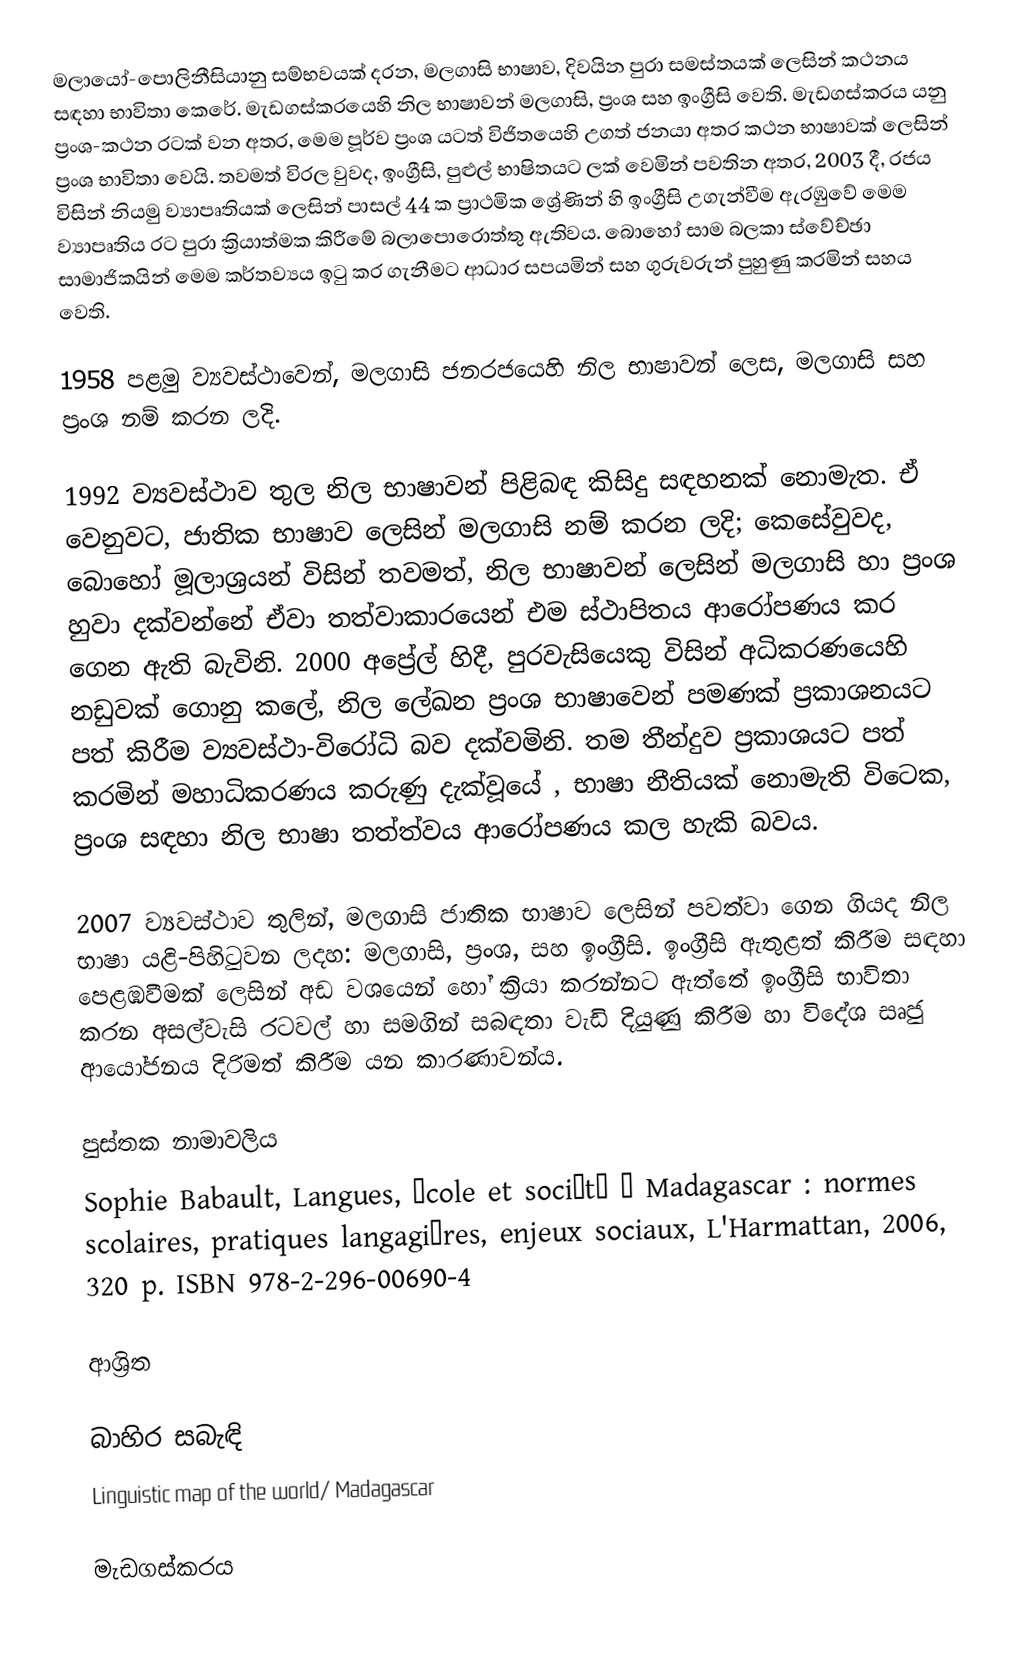
මලායෝ-පොලිනීසියානු සම්භවයක් දරන, මලගාසි භාෂාව, දිවයින පුරා සමස්තයක් ලෙසින් කථනය සඳහා භාවිතා කෙරේ. මැඩගස්කරයෙහි නිල භාෂාවන් මලගාසි, ප්‍රංශ සහ ඉංග්‍රීසි වෙති. මැඩගස්කරය යනු ප්‍රංශ-කථන රටක් වන අතර, මෙම පූර්ව ප්‍රංශ යටත් විජිතයෙහි උගත් ජනයා අතර කථන භාෂාවක් ලෙසින් ප්‍රංශ භාවිතා වෙයි. තවමත් විරල වුවද, ඉංග්‍රීසි, පුළුල් භාෂිතයට ලක් වෙමින් පවතින අතර, 2003 දී, රජය විසින් නියමු ව්‍යාපෘතියක් ලෙසින් පාසල් 44 ක ප්‍රාථමික ශ්‍රේණින් හි ඉංග්‍රීසි උගැන්වීම ඇරඹුවේ මෙම ව්‍යාපෘතිය රට පුරා ක්‍රියාත්මක කිරීමේ බලාපොරොත්තු ඇතිවය. බොහෝ සාම බලකා ස්වේච්ඡා සාමාජිකයින් මෙම කර්තව්‍යය ඉටු කර ගැනීමට ආධාර සපයමින් සහ ගුරුවරුන් පුහුණු කරමින් සහය වෙති.

1958 පළමු ව්‍යවස්ථාවෙන්, මලගාසි ජනරජයෙහි නිල භාෂාවන් ලෙස, මලගාසි සහ ප්‍රංශ නම් කරන ලදි.

1992 ව්‍යවස්ථාව තුල නිල භාෂාවන් පිළිබඳ කිසිදු සඳහනක් නොමැත. ඒ වෙනුවට, ජාතික භාෂාව ලෙසින් මලගාසි නම් කරන ලදි; කෙසේවුවද, බොහෝ මූලාශ්‍රයන් විසින් තවමත්, නිල භාෂාවන් ලෙසින් මලගාසි හා ප්‍රංශ හුවා දක්වන්නේ ඒවා තත්වාකාරයෙන් එම ස්ථාපිතය ආරෝපණය කර ගෙන ඇති බැවිනි. 2000 අප්‍රේල් හිදී, පුරවැසියෙකු විසින් අධිකරණයෙහි නඩුවක් ගොනු කලේ, නිල ලේඛන ප්‍රංශ භාෂාවෙන් පමණක් ප්‍රකාශනයට පත් කිරීම ව්‍යවස්ථා-විරෝධි බව දක්වමිනි. තම තීන්දුව ප්‍රකාශයට පත් කරමින් මහාධිකරණය කරුණු දැක්වූයේ , භාෂා නීතියක් නොමැති විටෙක, ප්‍රංශ සඳහා නිල භාෂා තත්ත්වය ආරෝපණය කල හැකි බවය.

2007 ව්‍යවස්ථාව තුලින්, මලගාසි ජාතික භාෂාව ලෙසින් පවත්වා ගෙන ගියද නිල භාෂා යළි-පිහිටුවන ලදහ: මලගාසි, ප්‍රංශ, සහ ඉංග්‍රීසි. ඉංග්‍රීසි ඇතුළත් කිරීම සඳහා පෙළඹවීමක් ලෙසින් අඩ වශයෙන් හෝ ක්‍රියා කරන්නට ඇත්තේ ඉංග්‍රීසි භාවිතා කරන අසල්වැසි රටවල් හා සමගින් සබඳතා වැඩි දියුණු කිරීම හා විදේශ සෘජු ආයෝජනය දිරිමත් කිරීම යන කාරණාවන්ය.

පුස්තක නාමාවලිය
  Sophie Babault, Langues, école et société à Madagascar : normes scolaires, pratiques langagières, enjeux sociaux, L'Harmattan, 2006, 320 p. ISBN 978-2-296-00690-4

ආශ්‍රිත

බාහිර සබැඳි
 Linguistic map of the world/ Madagascar

මැඩගස්කරය